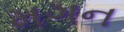
મગન